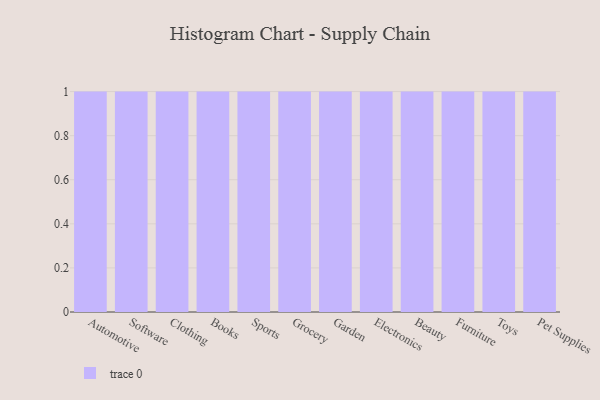
{"axis": {"x": "Category", "y": "Inventory Turnover"}, "legend": [""], "data": [{"x": "Automotive", "y": 52, "type": ""}, {"x": "Software", "y": 63, "type": ""}, {"x": "Clothing", "y": 19, "type": ""}, {"x": "Books", "y": 64, "type": ""}, {"x": "Sports", "y": 22, "type": ""}, {"x": "Grocery", "y": 21, "type": ""}, {"x": "Garden", "y": 46, "type": ""}, {"x": "Electronics", "y": 16, "type": ""}, {"x": "Beauty", "y": 56, "type": ""}, {"x": "Furniture", "y": 45, "type": ""}, {"x": "Toys", "y": 1, "type": ""}, {"x": "Pet Supplies", "y": 25, "type": ""}]}